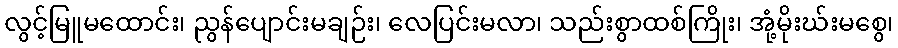
လွင့်မြူမထောင်း၊ ညွန်ပျောင်းမချဉ်း၊ လေပြင်းမလာ၊ သည်းစွာထစ်ကြိုး၊ အုံ့မိုးဃ်းမစွေ၊